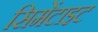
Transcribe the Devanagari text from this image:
सिमेंटाइट